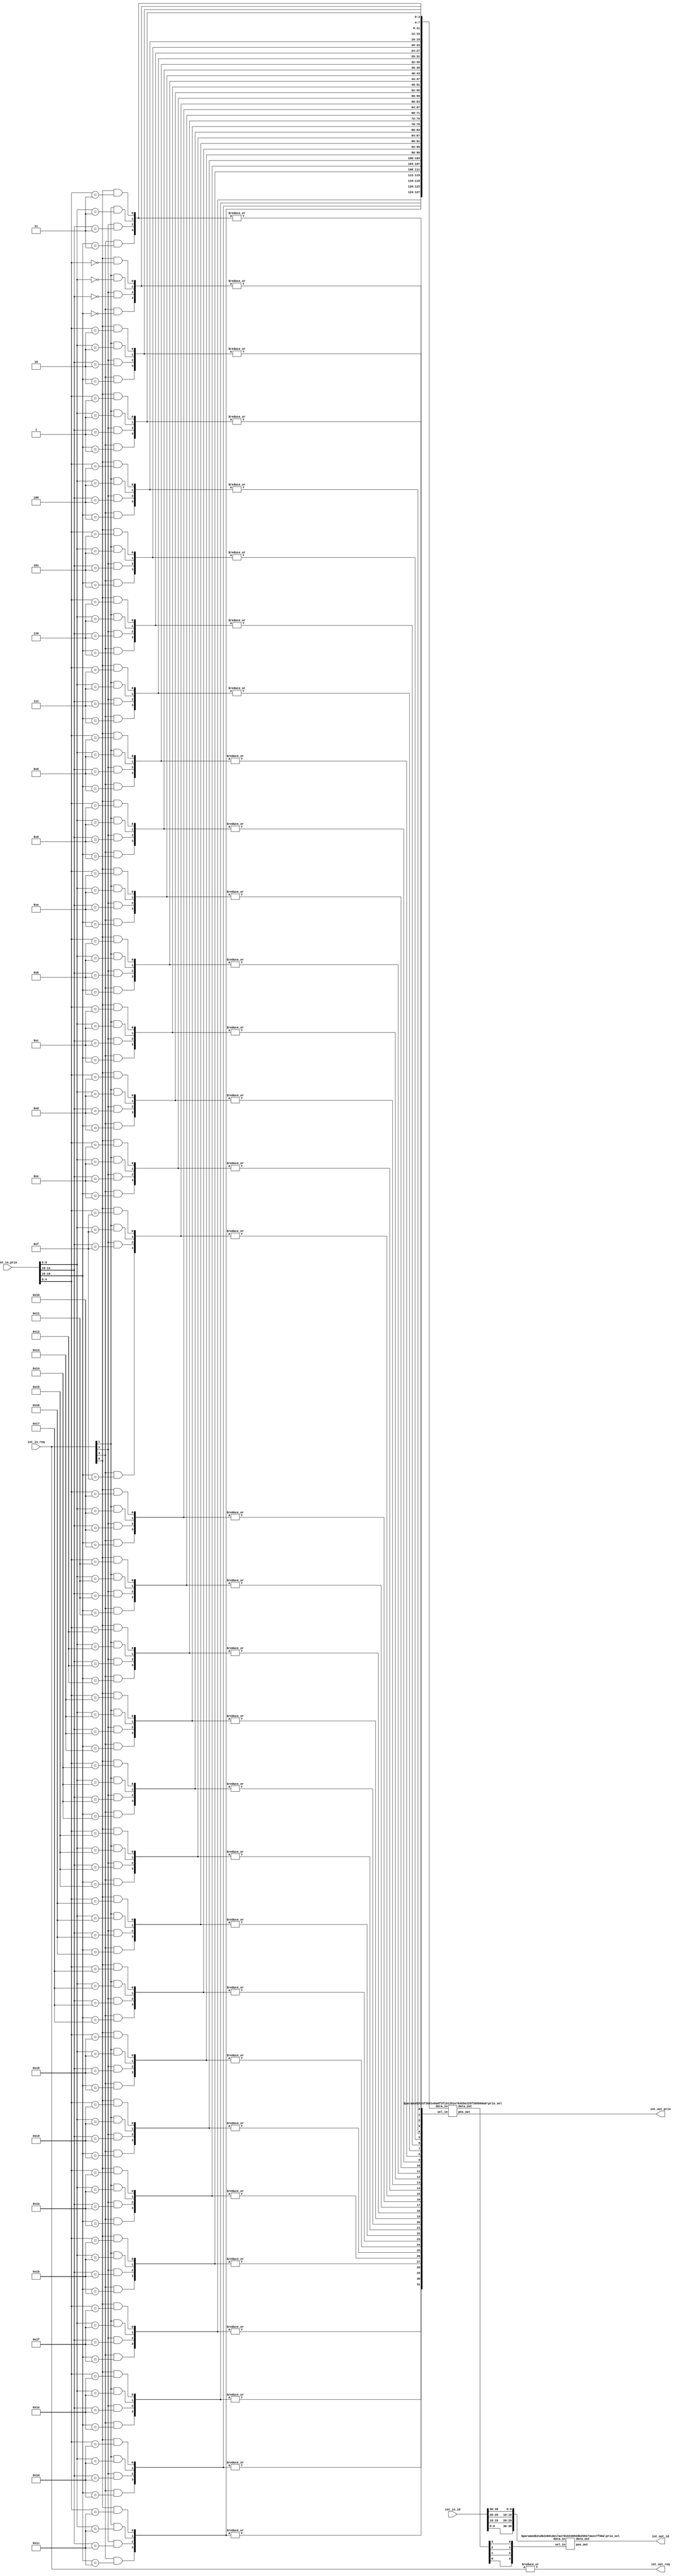
// This program was cloned from: https://github.com/T-head-Semi/openc910
// License: Apache License 2.0

/*Copyright 2019-2021 T-Head Semiconductor Co., Ltd.

Licensed under the Apache License, Version 2.0 (the "License");
you may not use this file except in compliance with the License.
You may obtain a copy of the License at

    http://www.apache.org/licenses/LICENSE-2.0

Unless required by applicable law or agreed to in writing, software
distributed under the License is distributed on an "AS IS" BASIS,
WITHOUT WARRANTIES OR CONDITIONS OF ANY KIND, either express or implied.
See the License for the specific language governing permissions and
limitations under the License.
*/
module plic_granu_arb(
  //input
  int_in_prio,
  int_in_req, 
  int_in_id,

  //output
  int_out_req,
  int_out_id,
  int_out_prio

);
parameter    SEL_NUM        = 4;
parameter    SEL_BIT        = 2;
parameter    ID_NUM         = 10;
parameter    PRIO_BIT       = 5;
localparam   PRIO_NUM       = 1<<<PRIO_BIT;
localparam   INT_INFO       = ID_NUM + PRIO_BIT;

input   [SEL_NUM*PRIO_BIT-1:0]  int_in_prio;
input   [SEL_NUM-1:0]           int_in_req;
input   [SEL_NUM*ID_NUM-1:0]    int_in_id;

  //output
output                          int_out_req;
output  [ID_NUM-1:0]            int_out_id;
output  [PRIO_BIT-1:0]          int_out_prio;

// wire definition
wire    [PRIO_NUM-1:0]          int_valid_prio;
wire    [SEL_NUM-1:0]           high_prio_pos;
wire    [ID_NUM*SEL_NUM-1:0]    int_id_1d_bus;
wire    [PRIO_BIT-1:0]          high_prio;
wire    [SEL_NUM-1:0]           sel_pos_rever;
wire    [ID_NUM-1:0]            sel_out_id;

// reg definition
wire     [PRIO_NUM-1:0]          int_in_exp_prio[SEL_NUM-1:0];
wire     [SEL_NUM-1:0]           int_prio_pos_array[PRIO_NUM-1:0];
wire     [PRIO_NUM*SEL_NUM-1:0]  int_prio_pos_1d_bus;

wire    [SEL_BIT-1:0]           tmp_pos;
//**********************************************************************
//  first, get all the expand priority using 2-d array
//
//**********************************************************************
genvar i;
genvar j;
generate 
  for(i=0;i<SEL_NUM;i=i+1)
  begin: INT_EXP_I
    for(j=0;j<PRIO_NUM;j=j+1)
    begin:INT_EXP_J
assign        int_in_exp_prio[i][j] = int_in_req[i] && (int_in_prio[i*PRIO_BIT+:PRIO_BIT] == j);
    end
  end
endgenerate
//**********************************************************************
//  secod, reverse the expand priority array, ognized with priority
//
//**********************************************************************
generate 
  for(i=0;i<SEL_NUM;i=i+1)
  begin:REV_INT_I
    for(j=0;j<PRIO_NUM;j=j+1)
    begin:REV_INT_J
assign        int_prio_pos_array[j][i] = int_in_exp_prio[i][j];
    end
  end
endgenerate
generate 
  for(j=0;j<PRIO_NUM;j=j+1)
  begin:INT_PRI_1D
assign      int_prio_pos_1d_bus[j*SEL_NUM+:SEL_NUM] = int_prio_pos_array[j];
  end
endgenerate
//**********************************************************************
//  third, get the valid priority 
//  and select the highest priority position
//**********************************************************************
genvar k;
generate 
  for(k=0;k<PRIO_NUM;k=k+1)
  begin:VALID_PRIO
  assign int_valid_prio[k] = |int_prio_pos_array[k];
  end
endgenerate

prio_sel #(SEL_NUM,PRIO_NUM,PRIO_BIT) x_priority_select(
  .data_in(int_prio_pos_1d_bus),
  .sel_in(int_valid_prio),
  .data_out(high_prio_pos),
  .pos_out(high_prio)
);


//**********************************************************************
//  fourth, get the selected int information 
//  and select the highest priority position
//**********************************************************************
generate 
genvar m;
  for(m=0;m<SEL_NUM;m=m+1)
    begin:FLAT_INT_INFO
    assign int_id_1d_bus[(SEL_NUM-1-m)*ID_NUM+:ID_NUM] = int_in_id[m*ID_NUM+:ID_NUM];
    assign sel_pos_rever[SEL_NUM-1-m]                  = high_prio_pos[m];
    end
endgenerate

prio_sel #(ID_NUM,SEL_NUM,SEL_BIT) x_id_select(
  .data_in(int_id_1d_bus),
  .sel_in(sel_pos_rever),
  .data_out(sel_out_id),
  .pos_out(tmp_pos)
);

assign int_out_req                 = |int_in_req[SEL_NUM-1:0];
assign int_out_prio[PRIO_BIT-1:0]  = high_prio[PRIO_BIT-1:0];
assign int_out_id[ID_NUM-1:0]      = sel_out_id[ID_NUM-1:0];


endmodule

module prio_sel(
  //input
  data_in,
  sel_in,
  //out
  data_out,
  pos_out
);
parameter DATA    = 4;
parameter SEL     = 32;
parameter SEL_BIT = 5;

input   [DATA*SEL-1:0]  data_in;
input   [SEL-1:0]       sel_in;

output  [DATA-1:0]      data_out;
output  [SEL_BIT-1:0]   pos_out;

//wire definition

wire    [SEL-1:0]             tmp_sel; 
wire    [SEL:0]               tmp_sel2; 
wire    [SEL-1:0]             onehot_sel;
wire    [(SEL+1)*DATA-1:0]    tmp_out;
wire    [(SEL+1)*SEL_BIT-1:0] tmp_pos_out;
wire    [SEL:0]               sel_in_exp;

//**************************************
//  make the select to all ones
//  01100   -> 01111
//**************************************
assign sel_in_exp[SEL:0]  = {1'b0,sel_in[SEL-1:0]};
genvar k;
generate 
  for(k=0;k<SEL;k=k+1)
  begin:ALL_ONE_SEL
  assign tmp_sel[k] = |sel_in_exp[SEL:k];
  end
endgenerate
//**************************************
//  make the select to  one hot
//  01111   -> 01000
//**************************************

assign tmp_sel2[SEL:0] = {1'b0,tmp_sel[SEL-1:0]};
genvar m;
generate 
  for(m=0;m<SEL;m=m+1)
  begin:ONE_HOT_SEL
  assign onehot_sel[m] = tmp_sel[m] && !tmp_sel2[m+1];
  end
endgenerate
assign tmp_out[DATA-1:0] = {DATA{1'b0}};
assign tmp_pos_out[SEL_BIT-1:0] = {SEL_BIT{1'b0}};
genvar n;
generate 
  for(n=0;n<SEL;n=n+1)
  begin:OUT_SEL
  assign tmp_out[(n+1)*DATA+:DATA] = ({DATA{onehot_sel[n]}} & data_in[n*DATA+:DATA])
                                    | tmp_out[n*DATA+:DATA];
  assign tmp_pos_out[(n+1)*SEL_BIT+:SEL_BIT] = ({SEL_BIT{onehot_sel[n]}} & n)
                                                | tmp_pos_out[n*SEL_BIT+:SEL_BIT];  
  end
endgenerate

assign data_out[DATA-1:0]   = tmp_out[(SEL+1)*DATA-1:SEL*DATA];
assign pos_out[SEL_BIT-1:0] = tmp_pos_out[(SEL+1)*SEL_BIT-1:SEL*SEL_BIT];
endmodule